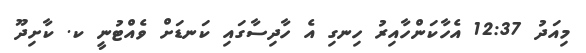
މިއަދު 12:37 އެހާކަންހާއިރު ހިނގި އެ ހާދިސާގައި ކަނޑަށް ވެއްޓުނީ ކ. ކާށިދޫ